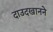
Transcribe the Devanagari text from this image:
दाउदखानने